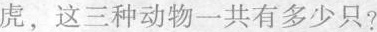
虎，这三种动物一共有多少只?